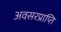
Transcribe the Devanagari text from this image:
अवसरप्राप्ति